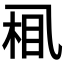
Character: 𱎈